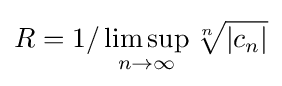
R=1/\limsup _{n\rightarrow \infty }{\sqrt[{n}]{|c_{n}|}}